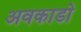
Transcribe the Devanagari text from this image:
अवकाडाे